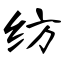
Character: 纺